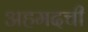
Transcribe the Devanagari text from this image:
अहमदची